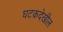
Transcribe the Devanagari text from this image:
घटकदेखील